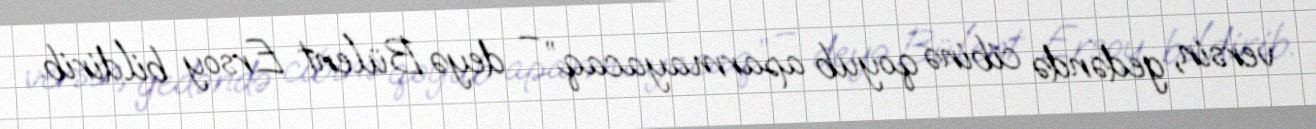
versin, gedəndə cibinə qoyub aparmayacaq” – deyə Bülent Ersoy bildirib.